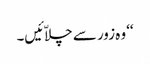
‘‘ وہ زور سے چلاّئیں۔